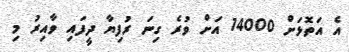
އެ އަތޮޅަށް 14000 އަށް ވުރެ ގިނަ ރުފިޔާ ދީފައި ވާއިރު މި